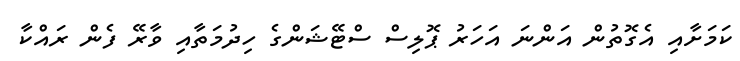
ކަމަށާއި އެގޮތުން އަންނަ އަހަރު ޕޮލިސް ސްޓޭޝަންގެ ހިދުމަތާއި ވާރޭ ފެން ރައްކާ